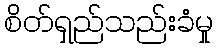
စိတ်ရှည်သည်းခံမှု